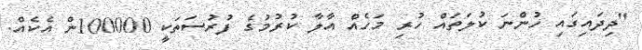
"ދިދައިގައި ހުންނަ ކުލަތައް ހުރި މަހެއް އާލާ ކުރުމުގެ ފުރުސަތަކީ 100000ން އެކެއް.